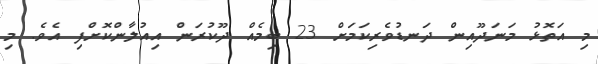
މި އަތޮޅު މަނަދޫއިން ދަނޑުވެރިކަމަށް 23 ބިމެއް ދޫކުރަން އިއުލާންކޮށްފި އެވެ. މި